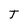
Character: T